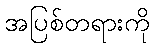
အပြစ်တရားကို